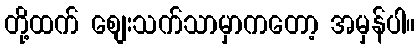
တို့ထက် စျေးသက်သာမှာကတော့ အမှန်ပါ။